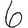
Digit: 6